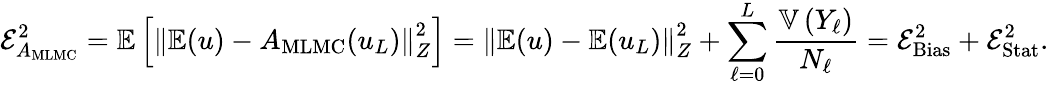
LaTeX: \mathcal{E}_{A_{\mathrm{MLMC}}}^{2}=\mathbb{E}\left[\left\Vert\mathbb{E}(u)-A_{\mathrm{MLMC}}(u_{L})\right\Vert_{Z}^{2}\right]=\left\Vert\mathbb{E}(u)-\mathbb{E}(u_{L})\right\Vert_{Z}^{2}+\sum_{\ell=0}^{L}\frac{\mathbb{V}\left(Y_{\ell}\right)}{N_{\ell}}=\mathcal{E}_{\mathrm{Bias}}^{2}+\mathcal{E}_{\mathrm{Stat}}^{2}.